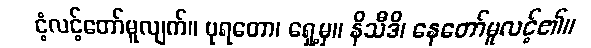
ငံ့လင့်တော်မူလျက်။ ပုရတော၊ ရှေ့မှ။ နိသီဒိ၊ နေတော်မူလင့်၏။